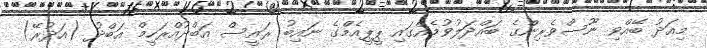
މިއަދު ބޭއްވި ނޫސްވެރިންގެ ބައްދަލުވުމެއްގައި ޕީޕީއެމްގެ ނައިބު ރައީސް އަބްދުއްރަހީމް އަބްދު (އަދުރޭ)